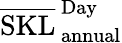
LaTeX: \overline{{\mathrm{SKL}}}_{\, \mathrm{annual}}^{\, \mathrm{Day}}